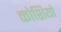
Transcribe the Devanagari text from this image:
कोशियो